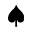
\spadesuit